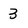
Character: 3